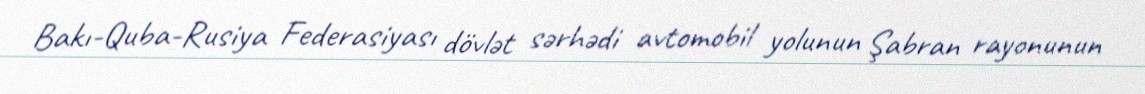
Bakı-Quba-Rusiya Federasiyası dövlət sərhədi avtomobil yolunun Şabran rayonunun